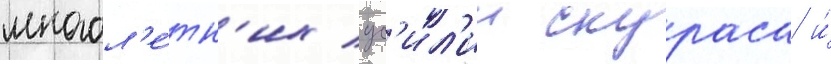
многол'е́тн'их ус'ил'ии скураса и́